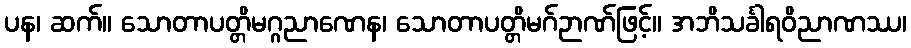
ပန၊ ဆက်။ သောတာပတ္တိမဂ္ဂညာဏေန၊ သောတာပတ္တိမဂ်ဉာဏ်ဖြင့်။ အဘိသင်္ခါရဝိညာဏဿ၊